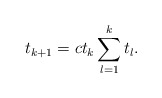
\begin{align*}t_{k+1}= c t_k \sum_{l=1}^k t_l .\end{align*}